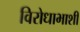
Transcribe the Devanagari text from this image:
विरोधाभाशी